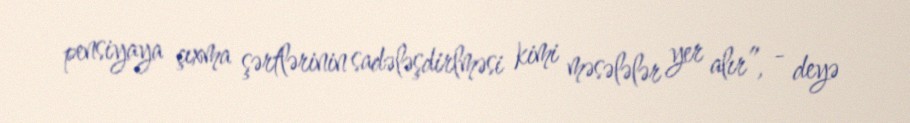
pensiyaya çıxma şərtlərinin sadələşdirlməsi kimi məsələlər yer alır”, - deyə